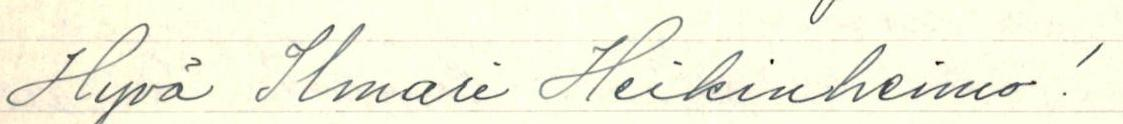
Hyvä Ilmari Heikinheimo!